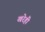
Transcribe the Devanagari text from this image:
खरेही